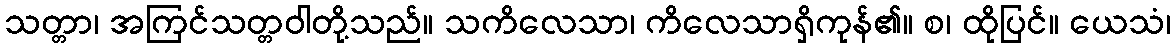
သတ္တာ၊ အကြင်သတ္တဝါတို့သည်။ သကိလေသာ၊ ကိလေသာရှိကုန်၏။ စ၊ ထိုပြင်။ ယေသံ၊